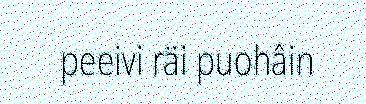
peeivi räi puohâin